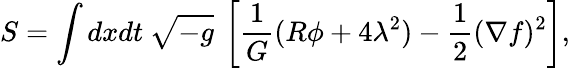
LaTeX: S=\int dxdt\: \sqrt{-{g}}\: \left[\frac{1}{G}(R\phi+4\lambda^{2})-\frac{1}{2}(\nabla f)^{2}\right],